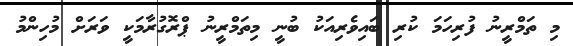
މި ތަމްރީނު ފުރިހަމަ ކުރި ބައިވެރިއަކު ބުނީ މިތަމްރީނު ޕްރޮގުރާމަކީ ވަރަށް މުހިންމު